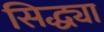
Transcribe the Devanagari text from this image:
सिद्ध्या